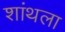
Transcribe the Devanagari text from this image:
शांथला